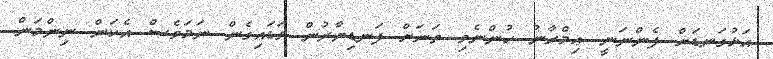
އަޅުގަނޑަށް ފެންނަނީ ޢިމްރާނު ހުންނެވި ތަނަށް ފަނޑިޔާރުން ވަޑައިގެން ނަމަވެސް އެކަން ނިންމަން